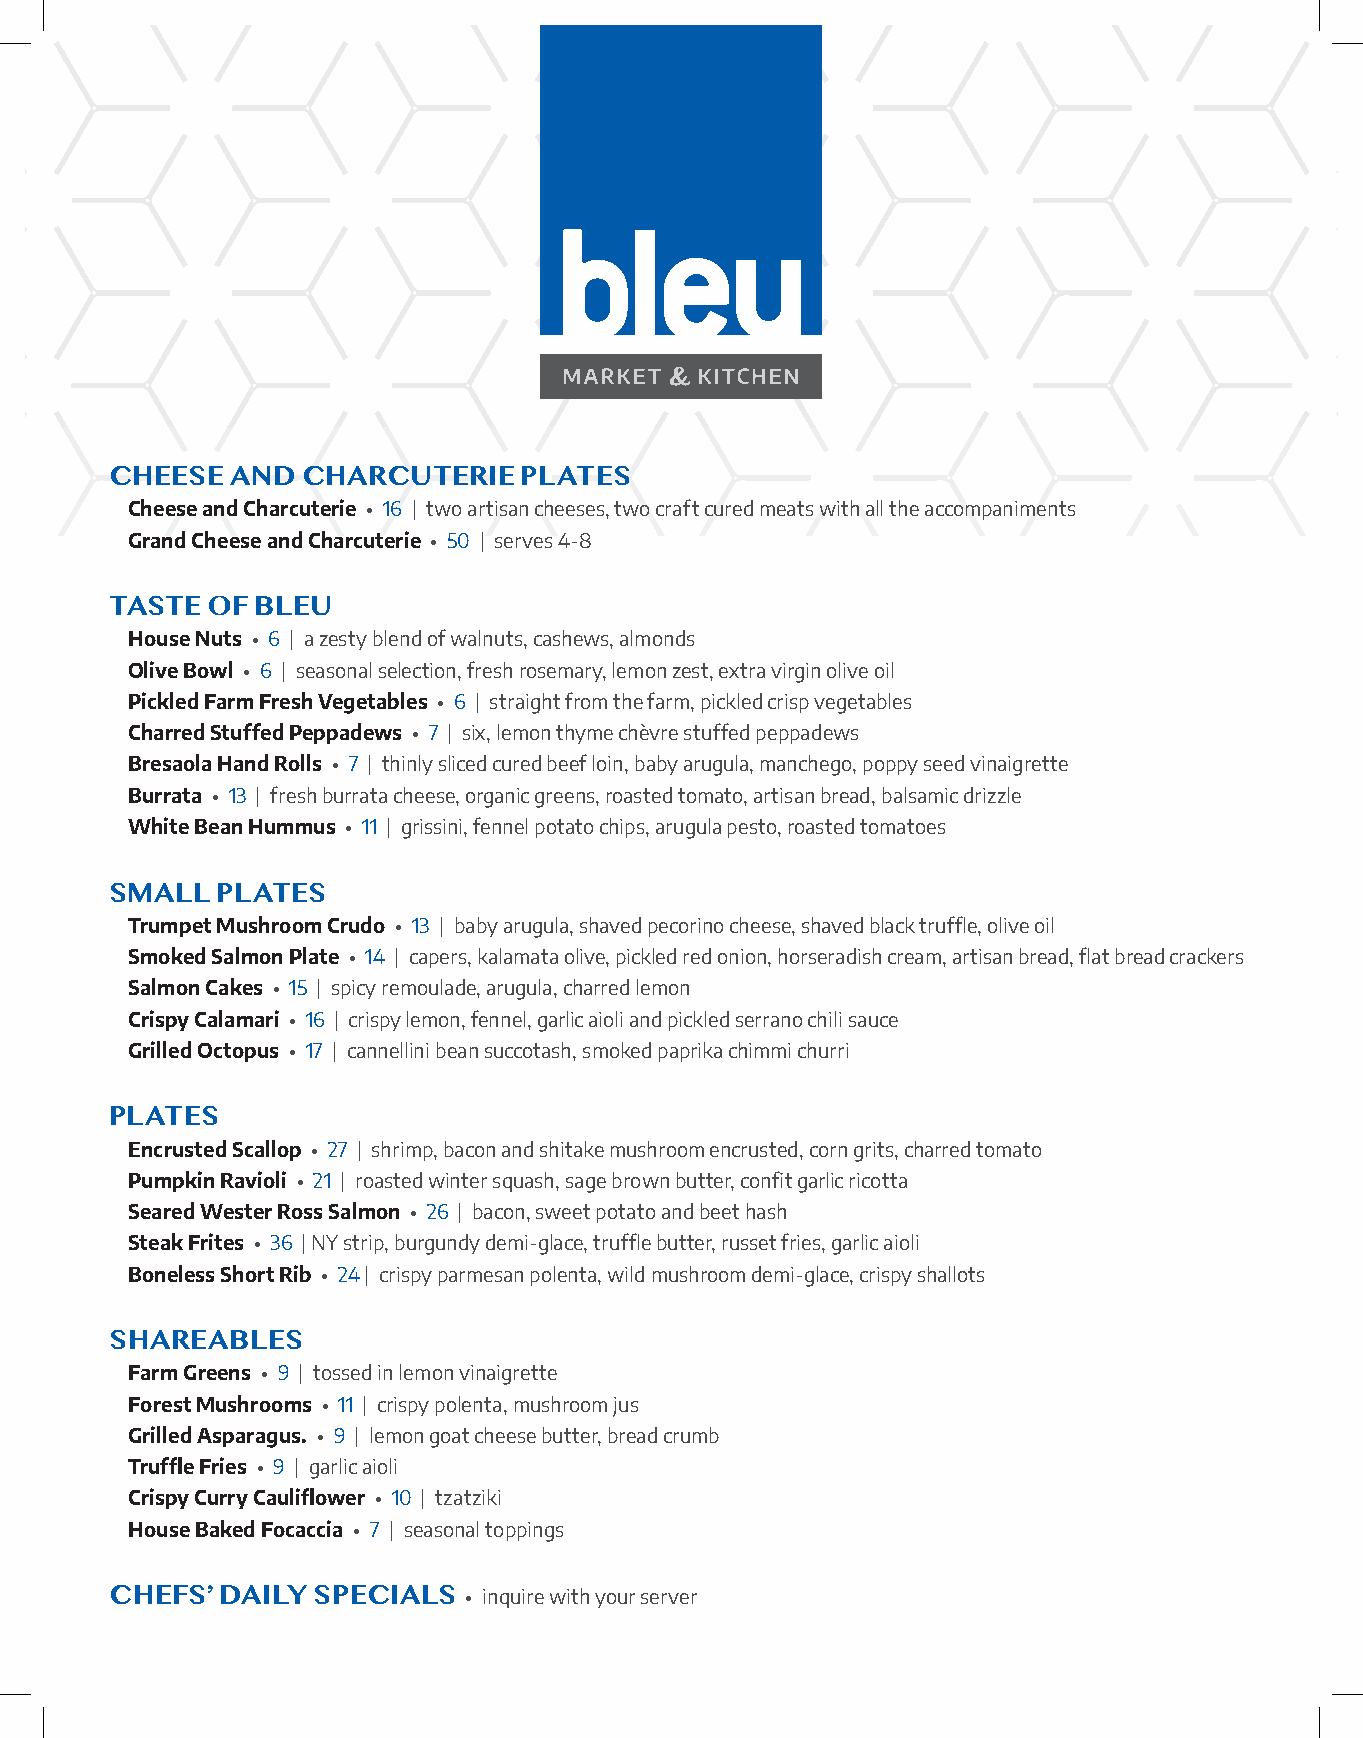
CHEESE  AND  CHARCUTERIE    PLATES
 Cheese and Charcuterie • 16 | two artisan cheeses, two craft cured meats with all the accompaniments
 Grand Cheese and Charcuterie • 50 | serves 4-8
 TASTE  OF BLEU
 House Nuts • 6 | a zesty blend of walnuts, cashews, almonds
 Olive Bowl • 6 | seasonal selection, fresh rosemary, lemon zest, extra virgin olive oil
 Pickled Farm Fresh Vegetables • 6 | straight from the farm, pickled crisp vegetables
 Charred Stuffed Peppadews • 7 | six, lemon thyme chèvre stuffed peppadews
 Bresaola Hand Rolls • 7 | thinly sliced cured beef loin, baby arugula, manchego, poppy seed vinaigrette
 Burrata • 13 | fresh burrata cheese, organic greens, roasted tomato, artisan bread, balsamic drizzle
 White Bean Hummus • 11 | grissini, fennel potato chips, arugula pesto, roasted tomatoes
 SMALL  PLATES
 Trumpet Mushroom Crudo • 13 | baby arugula, shaved pecorino cheese, shaved black truffle, olive oil
 Smoked Salmon Plate • 14 | capers, kalamata olive, pickled red onion, horseradish cream, artisan bread, flat bread crackers
 Salmon Cakes • 15 | spicy remoulade, arugula, charred lemon
 Crispy Calamari • 16 | crispy lemon, fennel, garlic aioli and pickled serrano chili sauce
 Grilled Octopus • 17 | cannellini bean succotash, smoked paprika chimmi churri
 PLATES
 Encrusted Scallop • 27 | shrimp, bacon and shitake mushroom encrusted, corn grits, charred tomato
 Pumpkin Ravioli • 21 | roasted winter squash, sage brown butter, confit garlic ricotta
 Seared Wester Ross Salmon • 26 | bacon, sweet potato and beet hash
 Steak Frites • 36 | NY strip, burgundy demi-glace, truffle butter, russet fries, garlic aioli
 Boneless Short Rib • 24 | crispy parmesan polenta, wild mushroom demi-glace, crispy shallots
 SHAREABLES
 Farm Greens • 9 | tossed in lemon vinaigrette
 Forest Mushrooms • 11 | crispy polenta, mushroom jus
 Grilled Asparagus. • 9 | lemon goat cheese butter, bread crumb
 Truffle Fries • 9 | garlic aioli
 Crispy Curry Cauliflower • 10 | tzatziki
 House Baked Focaccia • 7 | seasonal toppings
 CHEFS’  DAILY SPECIALS  • inquire with your server